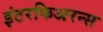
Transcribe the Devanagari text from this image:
इंटरफिअरन्स